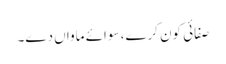
صفائی کون کرے، سوائے ماواں دے۔